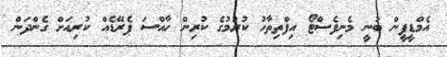
އެމްޑީޕީން ބުނީ މެނިފެސްޓޯ އިފްތިތާހު ކުރުމުގެ ކުރިން ހާއްސަ ޕެރޭޑެއް ކުރިއަށް ގެންދަން